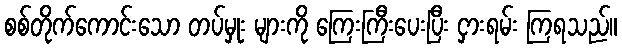
စစ်တိုက်ကောင်းသော တပ်မှုး များကို ကြေးကြီးပေးပြီး ငှားရမ်း ကြရသည်။